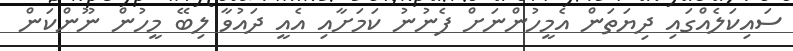
ސައިކަލެއްގައި ދިޔަތަން އެމީހުންނަށް ފެނުނު ކަމަށާއި އެއީ ދައުވާ ލިބޭ މީހުން ނޫންކަން